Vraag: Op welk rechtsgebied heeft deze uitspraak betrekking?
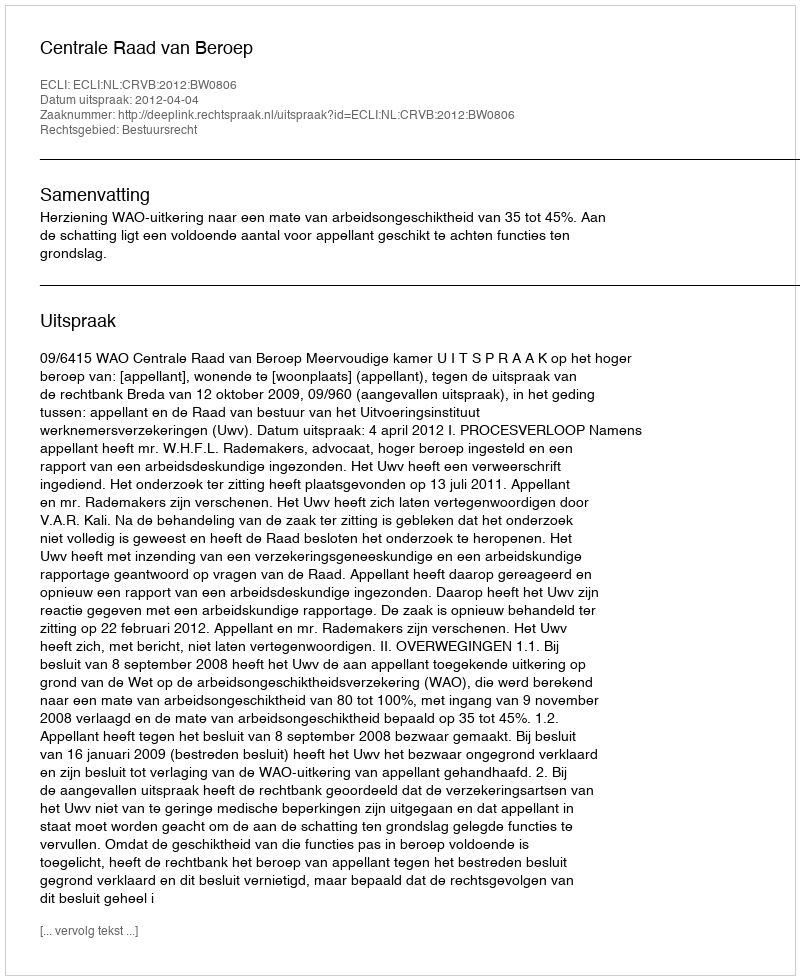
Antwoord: Bestuursrecht